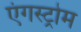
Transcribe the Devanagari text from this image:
एंगस्ट्रोम